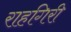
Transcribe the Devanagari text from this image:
राहगिरी